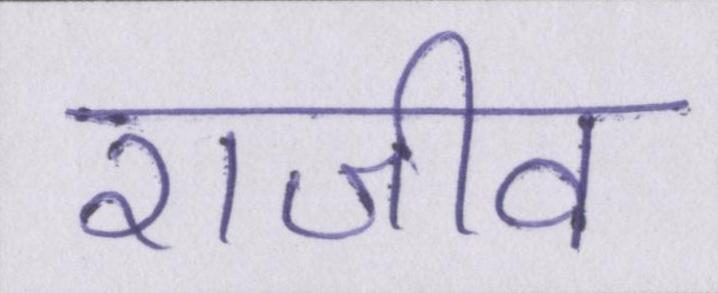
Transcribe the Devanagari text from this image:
राजीव